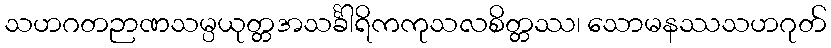
သဟဂတဉာဏသမ္ပယုတ္တအသင်္ခါရိကကုသလစိတ္တဿ၊ သောမနဿသဟဂုတ်